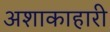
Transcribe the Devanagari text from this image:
अशाकाहारी